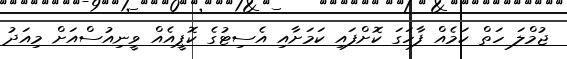
ޖުމްލަ ހަތް ކަމެއް ފާހަގަ ކޮށްފައި ކަމަށާއި އެސިޓުގެ ކޮޕީއެއް ވީނިއުސްއަށް މިއަދު